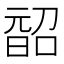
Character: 𭦨